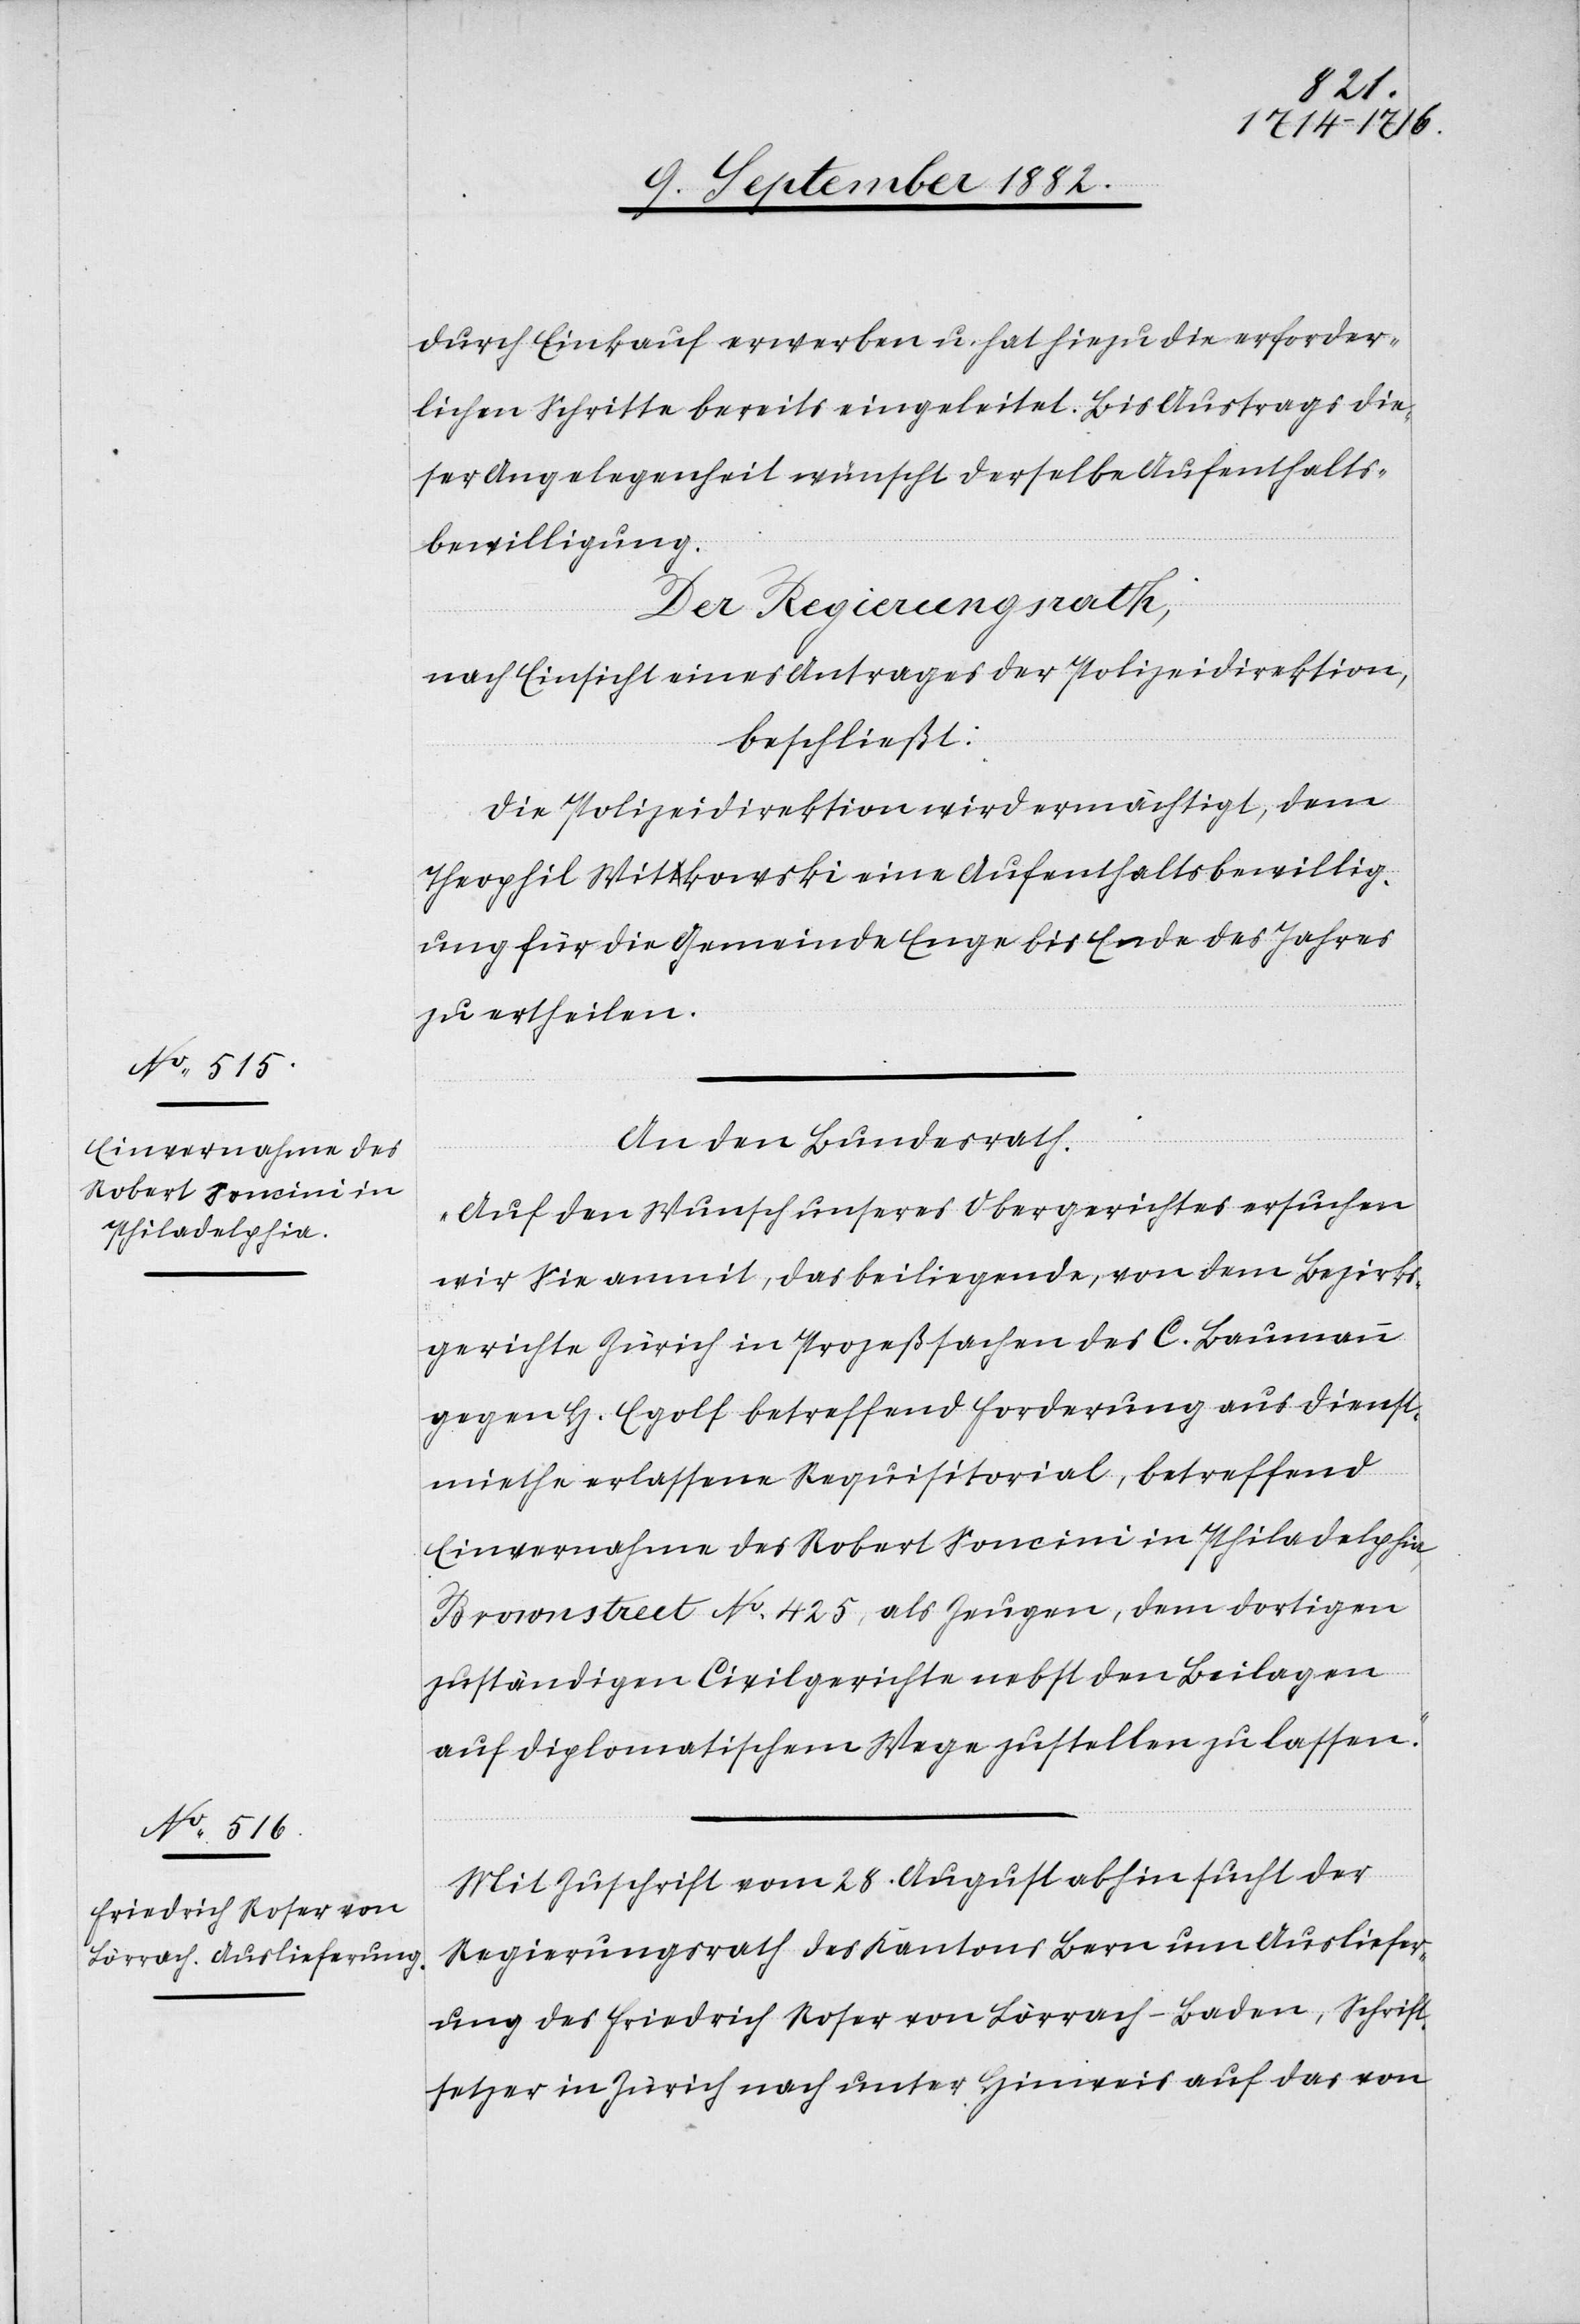
durch Einkauf erwerben u. hat hiezu die erforder¬
lichen Schritte bereits eingeleitet. Bis Austrags die¬
ser Angelegenheit wünscht derselbe Aufenthalts¬
bewilligung.
Der Regierungsrath,
nach Einsicht eines Antrages der Polizeidirektion,
beschließt:
Die Polizeidirektion wird ermächtigt, dem
Theophil Witkowski eine Aufenthaltsbewillig¬
ung für die Gemeinde Enge bis Ende des Jahres
zu ertheilen.
An den Bundesrath:
„Auf den Wunsch unseres Obergerichtes ersuchen
wir Sie anmit, das beiliegende, von dem Bezirks¬
gerichte Zürich in Prozeßsachen des C. Baumann
gegen H. Egolf betreffend Forderung aus Dienst¬
miethe erlassene Requisitorial, betreffend
Einvernahme des Robert Soncini in Philadelphia,
Brownstreet No 425, als Zeugen, dem dortigen
zuständigen Civilgerichte nebst den Beilagen
auf diplomatischem Wege zustellen zu lassen.
Mit Zuschrift vom 28. August abhin sucht der
Regierungsrath des Kantons Bern um Ausliefer¬
ung des Friedrich Roser von Lörrach - Baden, Schrift¬
setzer in Zürich nach unter Hinweis auf das von